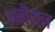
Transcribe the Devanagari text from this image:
अनैमल